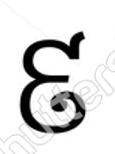
៩